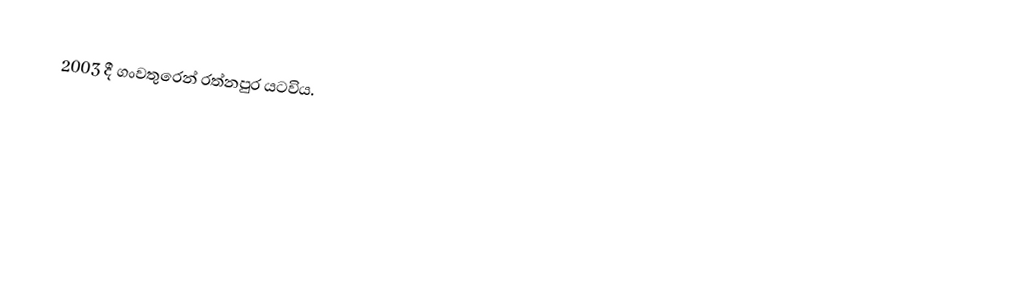
2003 දී ගංවතුරෙන් රත්නපුර යටවිය.